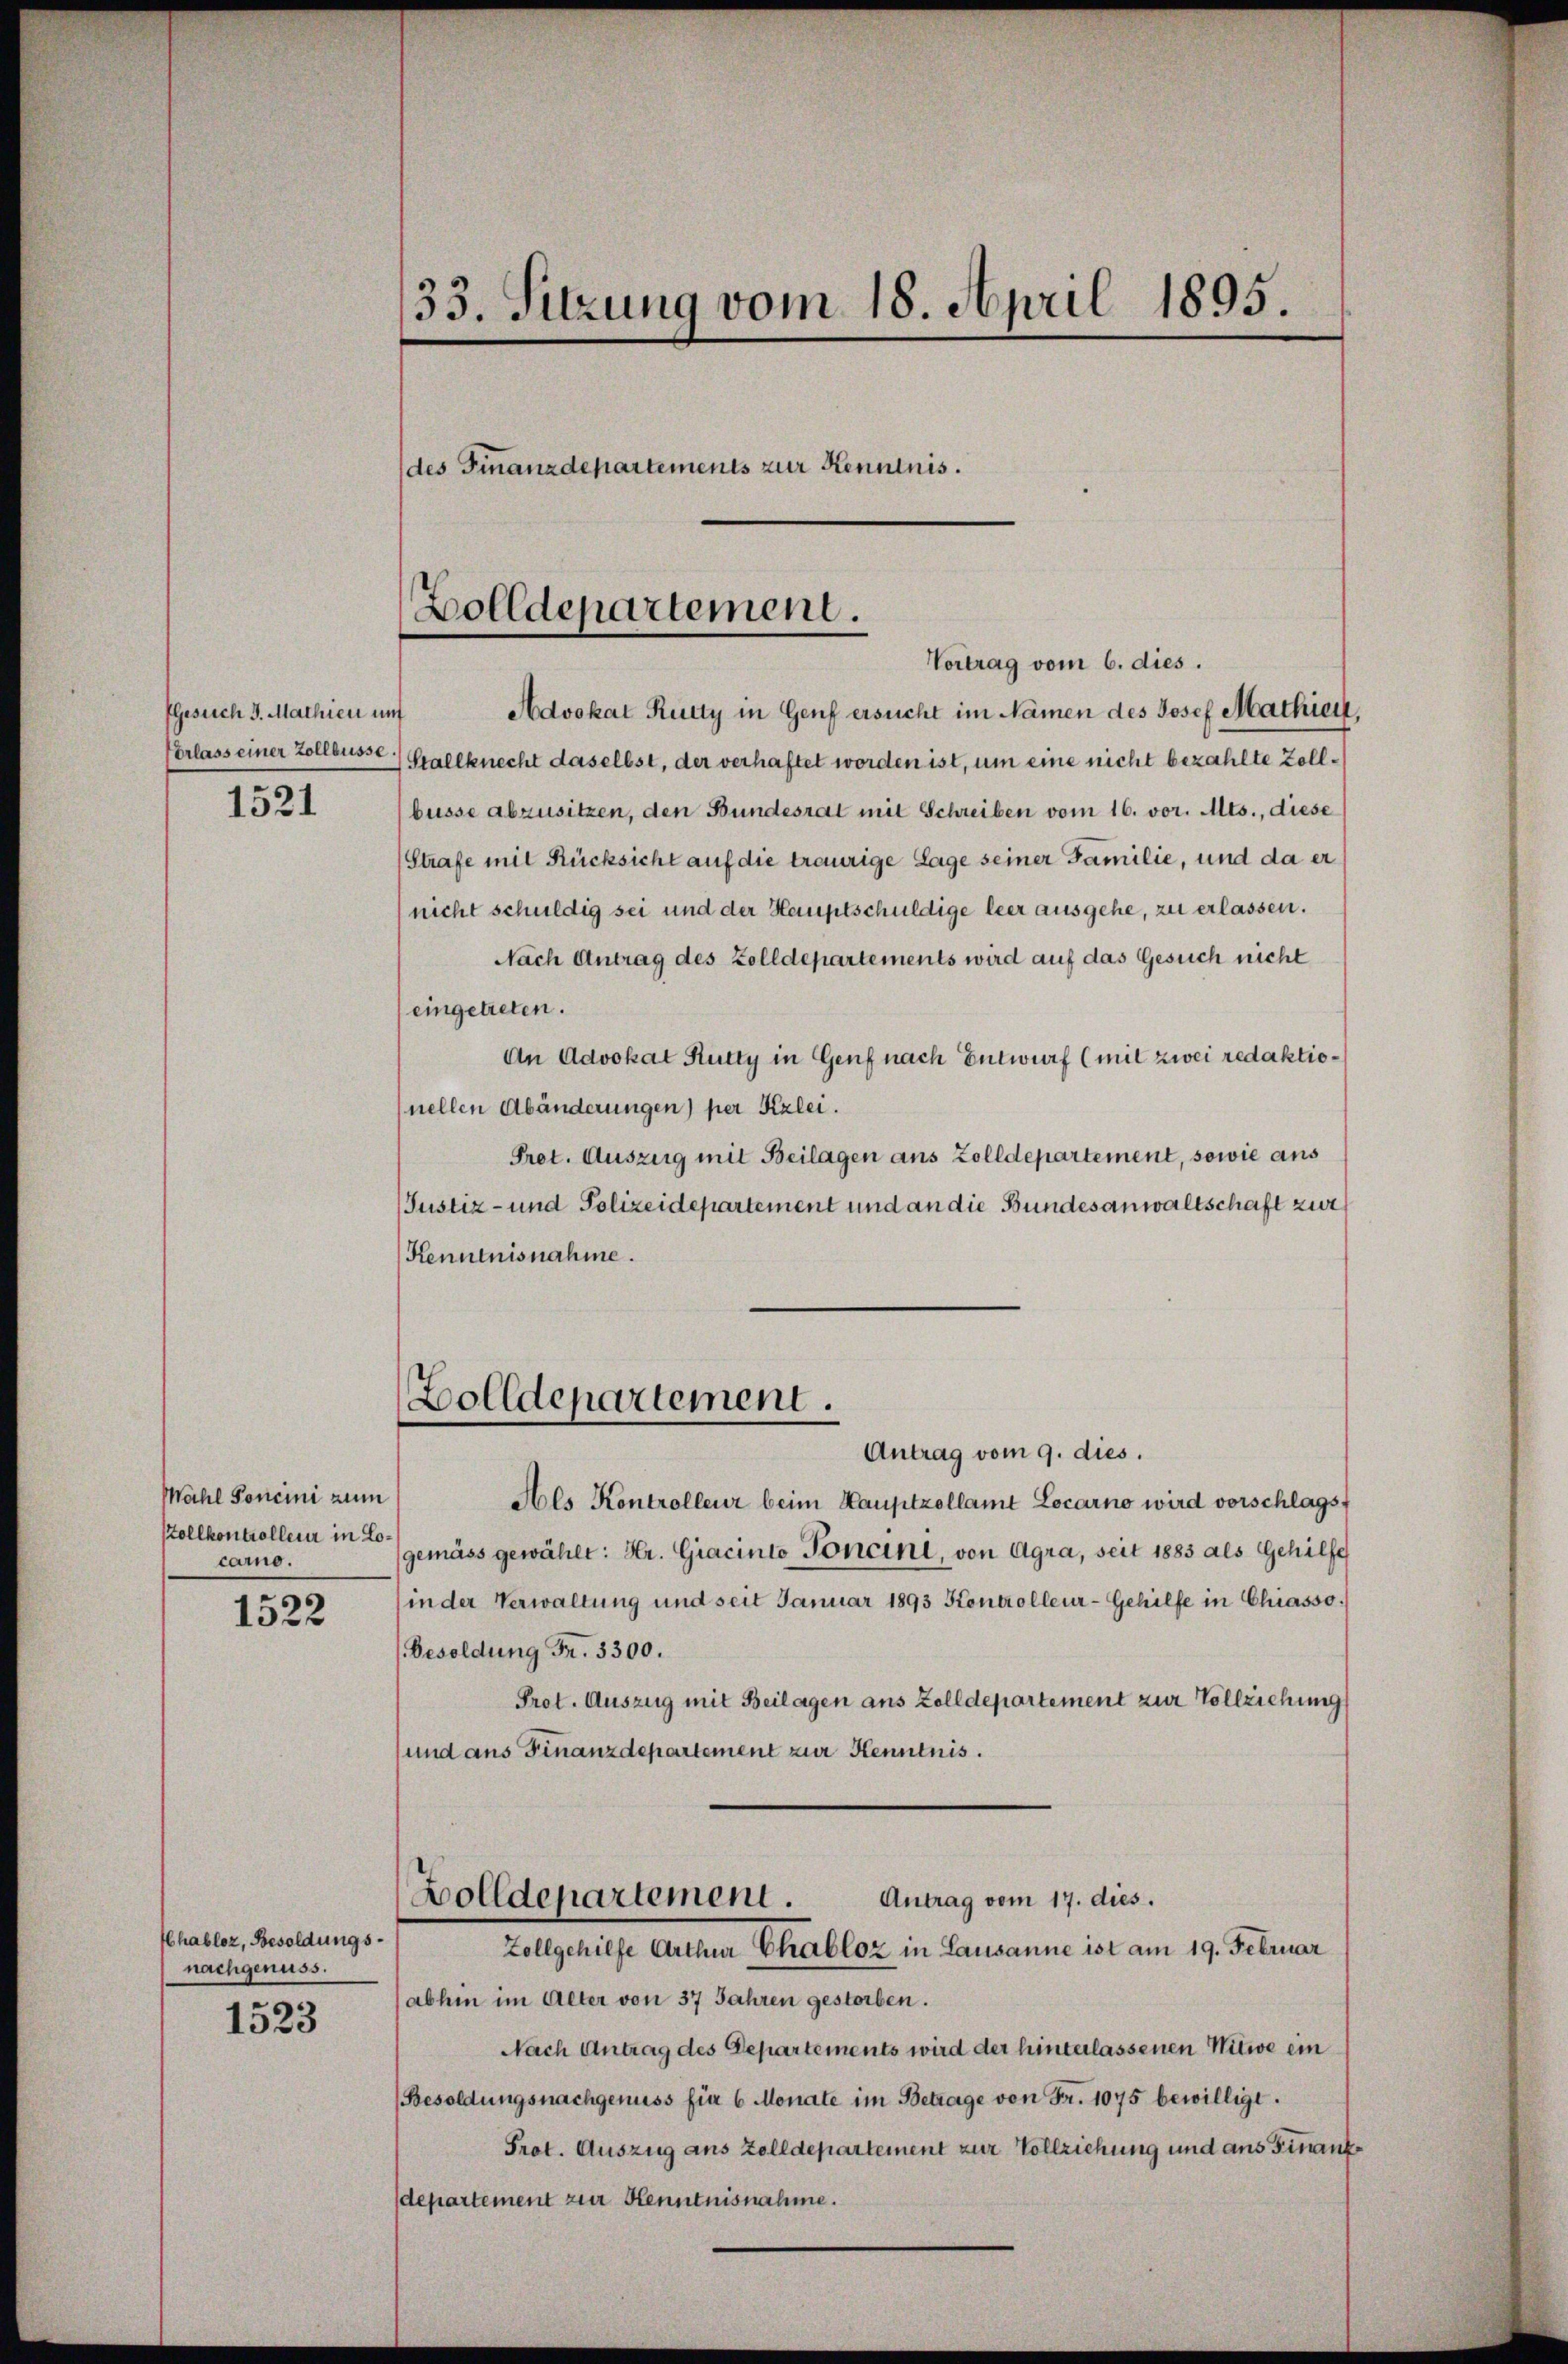
PGesuch J. Mathien und
Erlass einer Zollbüsse.
1521

Mahl Poncini zum
stollkontrolleur in Locarno.

1522

Chabloz, Besoldungsnachgenuss.

1523

33. Sitzung vom 18. April 1895.
des Finanzdepartements zur Kenntnis.

Zolldepartement.

Vortrag vom 6. dies.
Advokat Rutty in Genf ersucht im Namen des Josef Mathien,
Stallknecht daselbst, der verhaftet worden ist, um eine nicht bezahlte Zollbüsse abzusitzen, den Bundesrat mit Schreiben vom 16. vor. Mts., diese
(Strafe mit Rücksicht auf die traurige Lage seiner Familie, und da er
nicht schuldig sei und der Hauptschuldige leer ausgehe, zu erlassen.
Nach Antrag des Zolldepartements wird auf das Gesuch nicht
(eingetreten.
An Advokat Rutty in Genf nach Entwurf (mit zwei redaktionellen Abänderungen) per Kzlei.
Prot. Auszug mit Beilagen aus Zolldepartement, sowie aus
Justiz- und Polizeidepartement und an die Bundesanwaltschaft zur
Kenntnisnahme.

Zolldepartement.

Antrag vom 17. dies.
Bolldepartement.
Zollgehilfe Arthur Chabloz in Lausanne ist am 19. Februar

Antrag vom 9. dies.
Als Kontrolleur beim Hauptzollamt Locarno wird vorschlagst
gemäss gewählt: Hr. Giacinto Foncini, von Agra, seit 1885 als Gehilfe
(in der Verwaltung und seit Januar 1893 Kontrolleur-Gehilfe in Chasso.
Besoldung Fr. 3300.
Prot. Auszug mit Beilagen aus Zolldepartement zur Vollziehung
und aus Finanzdepartement zur Kenntnis.

abhin im Alter von 37 Jahren gestorben.
Nach Antrag des Departements wird der hinterlassenen Witwe ein
Besoldungsnachgenuss für 6 Monate im Betrage von Fr. 1075 bewilligt.
Prot. Auszug aus Zolldepartement zur Vollziehung und aus Finanz
departement zur Kenntnisnahme.